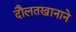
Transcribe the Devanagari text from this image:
दौलतखानाने